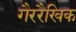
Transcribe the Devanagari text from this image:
गैररैखिक